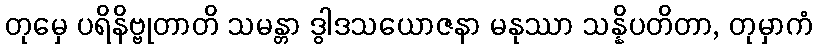
တုမှေ ပရိနိဗ္ဗုတာတိ သမန္တာ ဒွါဒသယောဇနာ မနုဿာ သန္နိပတိတာ, တုမှာကံ